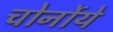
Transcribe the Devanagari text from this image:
चोर्नोये